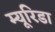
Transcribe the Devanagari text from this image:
म्यूरिडा